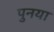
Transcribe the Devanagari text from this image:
पुनया